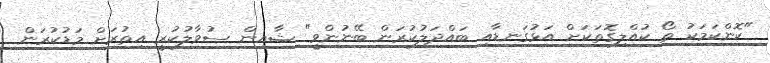
"ކޮންކަމަކު ތޯ ކުއްލިގޮތަކަށް އަޅުގަނޑާއި ބައްދަލުކުރަން ބޭނުންވީ" ޝާއިން ސުވާލުކުރީ އިތުރަށް މަޑުކުރަން